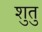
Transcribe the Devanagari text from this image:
शुतु